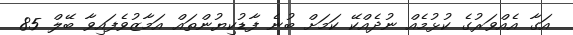
އަގާ އެއްވަރުގެ ކުޅުމެއް ނުދެއްކޭ ކަމަށް ބުނެ ފާޑުކިޔުންތައް އަމާޒުވެފައިވާ ބޭލް 85